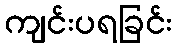
ကျင်းပရခြင်း